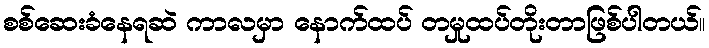
စစ်ဆေးခံနေရဆဲ ကာလမှာ နောက်ထပ် တမှုထပ်တိုးတာဖြစ်ပါတယ်။